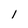
Character: l